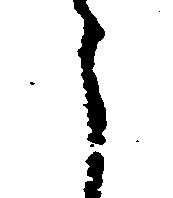
う